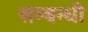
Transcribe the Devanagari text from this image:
सम्‍बन्‍धी